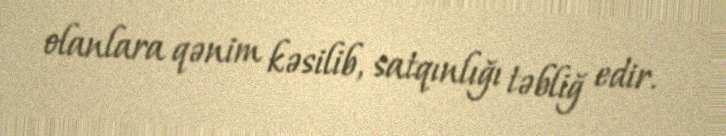
olanlara qənim kəsilib, satqınlığı təbliğ edir.